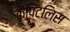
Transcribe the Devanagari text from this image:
कैपिटलिस